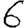
Digit: 6